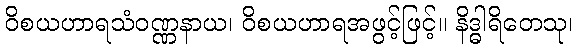
ဝိစယဟာရသံဝဏ္ဏနာယ၊ ဝိစယဟာရအဖွင့်ဖြင့်။ နိဒ္ဓါရိတေသု၊